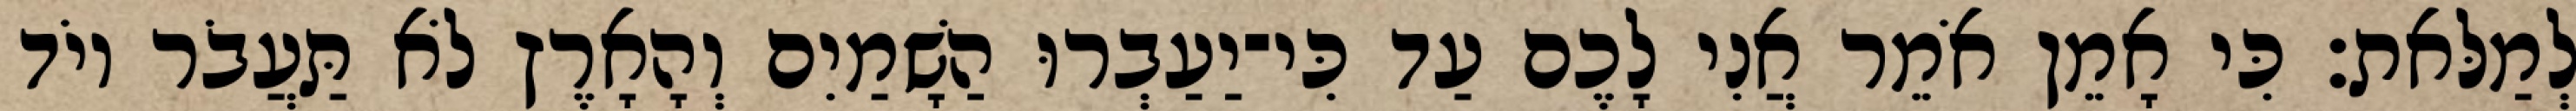
לְמַלּאת׃ כִּי אָמֵן אֹמֵר אֲנִי לָכֶם עַד כִּי־יַעַבְרוּ הַשָׁמַיִם וְהָאָרֶץ לֹא תַּעֲבֹר יוֹד